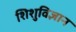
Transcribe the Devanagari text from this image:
शिशुविज्ञान